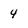
Character: 4